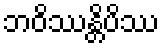
ဘဝိဿန္တိပိဿ